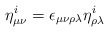
\begin{align*}\eta^i_{\mu\nu} = \epsilon_{\mu\nu\rho\lambda} \eta^i_{\rho\lambda}\end{align*}